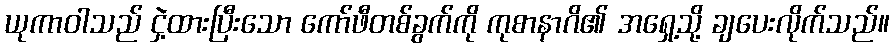
ယုကာဝါသည် ငှဲ့ထားပြီးသော ကော်ဖီတစ်ခွက်ကို ကုစာနာဂိ၏ အရှေ့သို့ ချပေးလိုက်သည်။